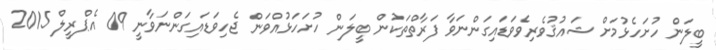
ބީލަން ހުށަހެޅުމަށް ޝައުޤުވެރިވެވަޑައިގަންނަވާ ފަރާތްތަކުން ބީލަން ހުށަހަޅުއްވަން ޖެހިވަޑައިގަންނަވާނީ 09 އެޕްރީލް 2015